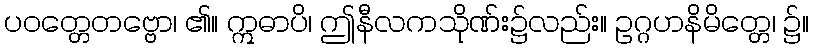
ပဝတ္တေတဗ္ဗော၊ ၏။ ဣဓာပိ၊ ဤနီလကသိုဏ်း၌လည်း။ ဥဂ္ဂဟနိမိတ္တေ၊ ၌။